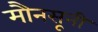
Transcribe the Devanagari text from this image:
मौनसूनी